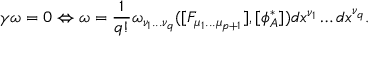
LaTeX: \gamma \omega = 0 \Leftrightarrow \omega = \frac { 1 } { q ! } \omega _ { \nu _ { 1 } . . . \nu _ { q } } ( [ F _ { \mu _ { 1 } . . . \mu _ { p + 1 } } ] , [ \phi _ { A } ^ { * } ] ) d x ^ { \nu _ { 1 } } \dots d x ^ { \nu _ { q } } .